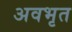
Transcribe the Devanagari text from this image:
अवभृत